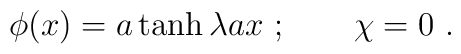
\phi(x)=a\tanh \lambda ax~;\qquad\chi=0~.